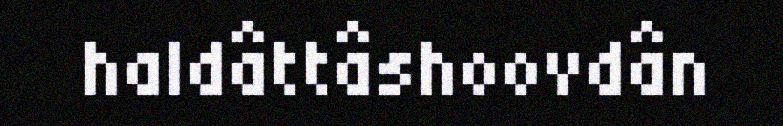
haldâttâshoovdân